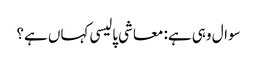
سوال وہی ہے: معاشی پالیسی کہاں ہے؟